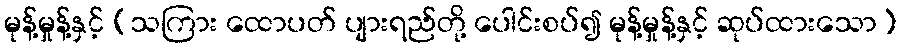
မုန့်မှုန့်နှင့် (သကြား ထောပတ် ပျားရည်တို့ ပေါင်းစပ်၍ မုန့်မှုန့်နှင့် ဆုပ်ထားသော)